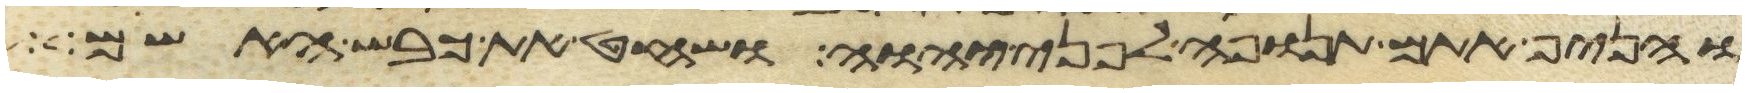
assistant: והניף אתם תנופה לפני יהוה ושחט את כבש האשם